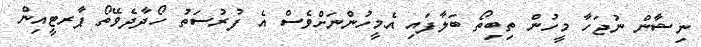
ނިޝާން ނުޖަހާ މީހުން ތިބިތޯ ބަލާފައި އެމީހުންނަށްވެސް އެ ފުރުސަތު ހޯދާދެވޭތޯ ޕާރޓީއިން